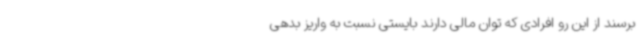
برسند از این رو افرادی که توان مالی دارند بایستی نسبت به واریز بدهی